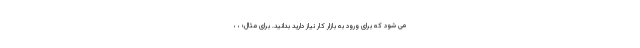
می شود که برای ورود به بازار کار نیاز دارید بدانید. برای مثال؛ ، ،